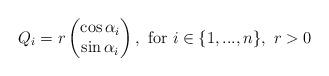
LaTeX: \begin{align*} Q_{i}=r\begin{pmatrix} \cos{\alpha_{i}}\\ \sin{\alpha_{i}} \end{pmatrix},\textrm{ for } i\in\{1,...,n\},\textrm{ }r>0 \end{align*}